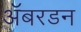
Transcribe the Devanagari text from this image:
ॲबरडन